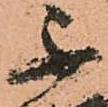
不